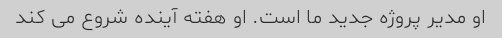
او مدیر پروژه جدید ما است. او هفته آینده شروع می کند